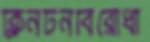
ক্লিনটনবিরোধী